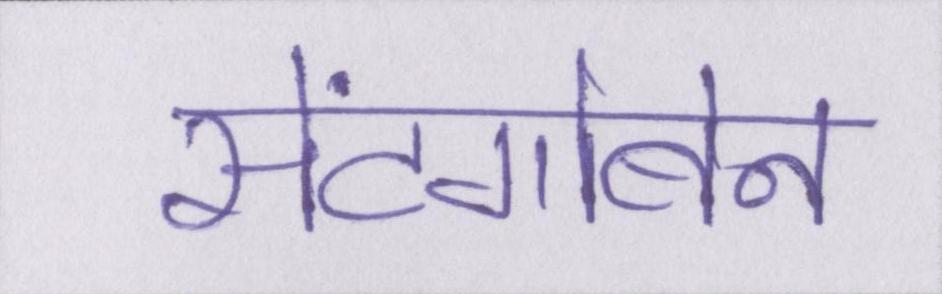
सेंटगोबेन